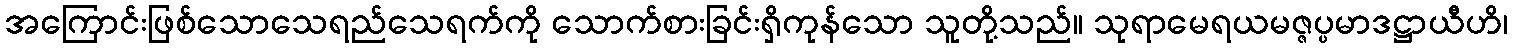
အကြောင်းဖြစ်သောသေရည်သေရက်ကို သောက်စားခြင်းရှိကုန်သော သူတို့သည်။ သုရာမေရယမဇ္ဇပ္ပမာဒဋ္ဌာယီဟိ၊